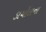
ડાયોલના